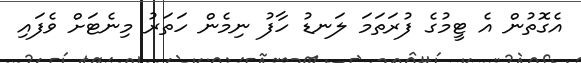
އެގޮތުން އެ ޓީމުގެ ފުރަތަމަ ލަނޑު ހާފު ނިމެން ހަތަރު މިނެޓަށް ވެފައި